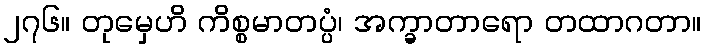
၂၇၆။ တုမှေဟိ ကိစ္စမာတပ္ပံ၊ အက္ခာတာရော တထာဂတာ။